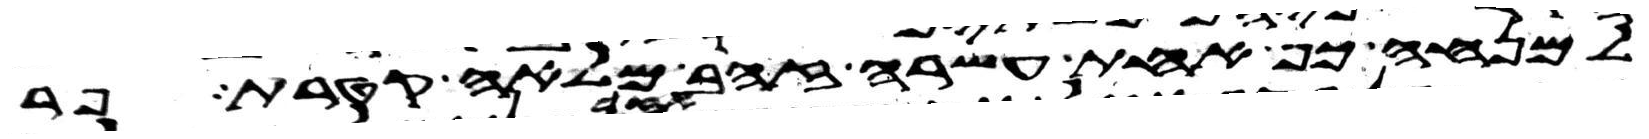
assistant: למנחה כף אחת עשרה זהב מלאה קטרת פר